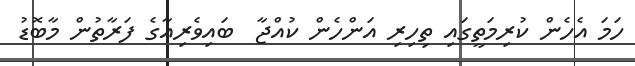
ހަމަ އެހެން ކުރިމަތީގައި ތިހިރި އަންހެން ކުއްޖާ  ބައިވެރިއާގެ ފަރާތުން މާބޮޑު